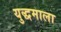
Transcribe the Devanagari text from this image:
युद्धमाला